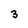
Character: 3